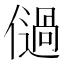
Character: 𠏀